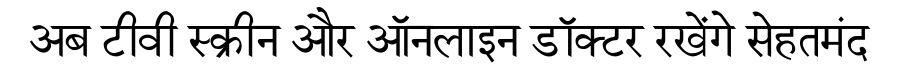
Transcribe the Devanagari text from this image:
अब टीवी स्क्रीन और ऑनलाइन डॉक्टर रखेंगे सेहतमंद